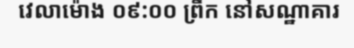
វេលាម៉ោង ០៩:០០ ព្រឹក នៅសណ្ឋាគារ